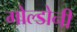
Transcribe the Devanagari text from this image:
गोल्डोनी